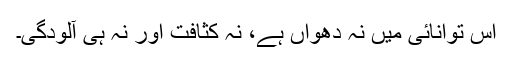
اس توانائی میں نہ دھواں ہے، نہ کثافت اور نہ ہی آلودگی۔